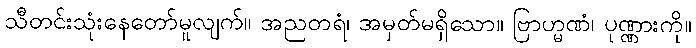
သီတင်းသုံးနေတော်မူလျက်။ အညတရံ၊ အမှတ်မရှိသော။ ဗြာဟ္မဏံ၊ ပုဏ္ဏားကို။